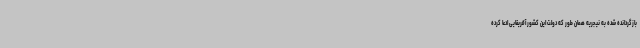
بازگردانده شده به نیجریه همان طور که دولت این کشور آفریقایی ادعا کرده